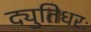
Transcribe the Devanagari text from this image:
द्युतिधरः